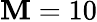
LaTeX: \mathbf{M}=10